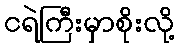
ငရဲကြီးမှာစိုးလို့